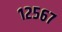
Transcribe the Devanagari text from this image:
१२५६७